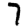
Digit: 7